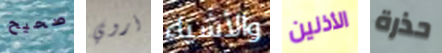
صحيح أروي والأشياء الأذنين حذرة